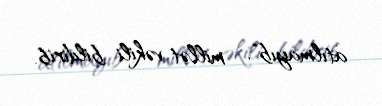
atılmayıb", - millət vəkili bildirib.